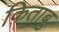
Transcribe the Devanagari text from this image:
किताबु